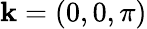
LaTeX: \mathbf{k}=(0,0,\pi)